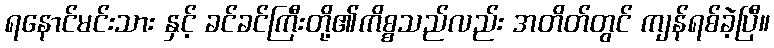
ရနောင်မင်းသား နှင့် ခင်ခင်ကြီးတို့၏ကိစ္စသည်လည်း အတိတ်တွင် ကျန်ရစ်ခဲ့ပြီ။